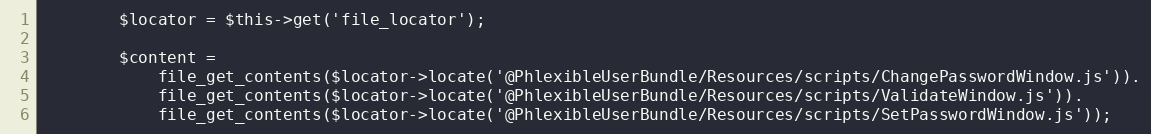
Language: PHP
        $locator = $this->get('file_locator');

        $content =
            file_get_contents($locator->locate('@PhlexibleUserBundle/Resources/scripts/ChangePasswordWindow.js')).
            file_get_contents($locator->locate('@PhlexibleUserBundle/Resources/scripts/ValidateWindow.js')).
            file_get_contents($locator->locate('@PhlexibleUserBundle/Resources/scripts/SetPasswordWindow.js'));